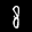
Label: 8